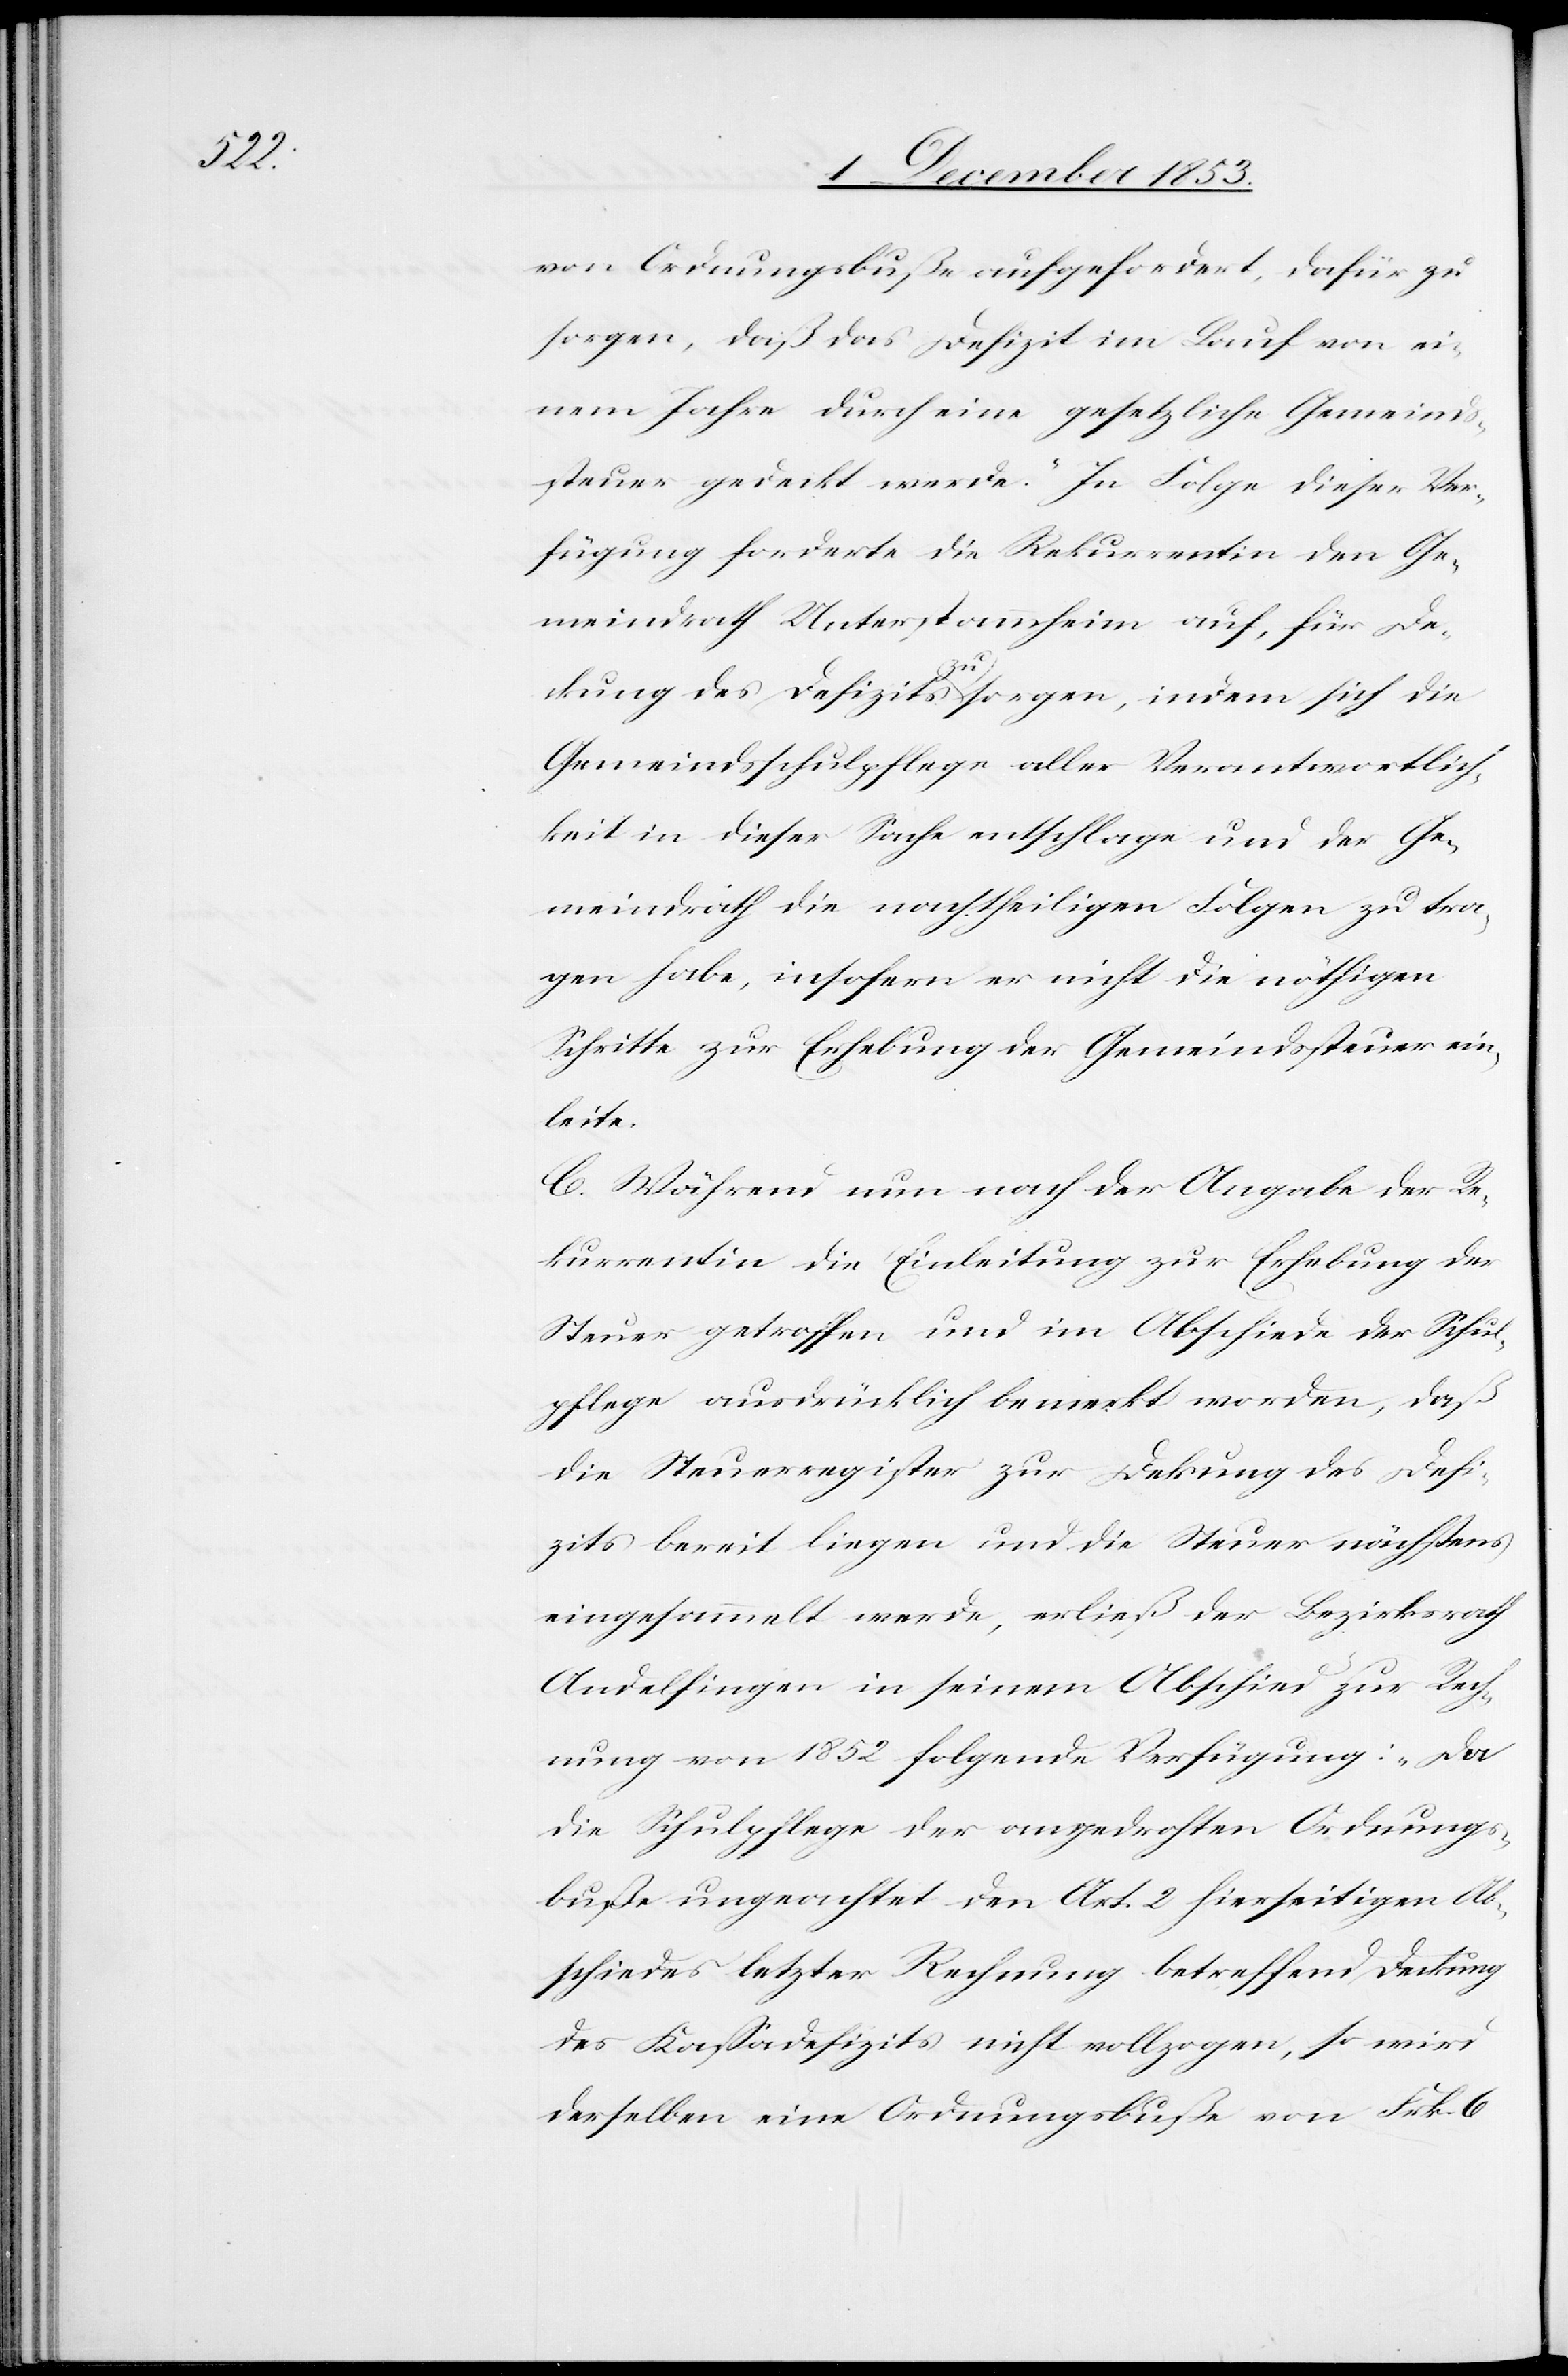
von Ordnungsbußen aufgefordert, dafür zu
sorgen, daß das Defizit im Lauf von ei¬
nem Jahre durch eine gesetzliche Gemeinds¬
steuer gedeckt werde.“ In Folge dieser Ver¬
fügung forderte die Rekurrentin den Ge¬
meindrath Unterstammheim auf, für De¬
ckung des Defizits zu sorgen, indem sich die
Gemeindsschulpflege aller Verantwortlich¬
keit in dieser Sache entschlage und der Ge¬
meindrath die nachtheiligen Folgen zu tra¬
gen habe, insofern er nicht die nöthigen
Schritte zur Erhebung der Gemeindssteuer ein¬
leite.
C. Während nun nach der Angabe der Re¬
kurrentin die Einleitung zur Erhebung der
Steuer getroffen und im Abschiede der Schul¬
pflege ausdrücklich bemerkt worden, daß
die Steuerregister zur Deckung des Defi¬
zits bereit liegen und die Steuer nächstens
eingesammelt werde, erließ der Bezirksrath
Andelfingen in seinem Abschied zur Rech¬
nung von 1852 folgende Verfügung: „Da
die Schulpflege der angedrohten Ordnungs¬
buße ungeachtet den Akt. 2 hierseitigen Ab¬
schiedes letzter Rechnung betreffend Deckung
des Kaßadefizits nicht vollzogen, so wird
derselben eine Ordnungsbuße von Frk. 6